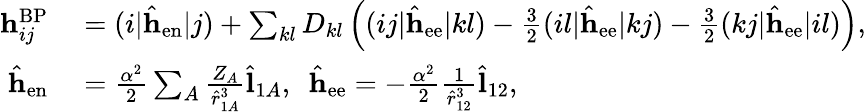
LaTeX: \begin{array}{rl}{\mathbf{h}_{ij}^{\mathrm{BP}}}&{{}=(i|\hat{\mathbf{h}}_{\mathrm{en}}|j)+\sum_{kl}D_{kl}\left((ij|\hat{\mathbf{h}}_{\mathrm{ee}}|kl)-\frac{3}{2}(il|\hat{\mathbf{h}}_{\mathrm{ee}}|kj)-\frac{3}{2}(kj|\hat{\mathbf{h}}_{\mathrm{ee}}|il)\right),}\\ {\hat{\mathbf{h}}_{\mathrm{en}}}&{{}=\frac{\alpha^{2}}{2}\sum_{A}\frac{Z_{A}}{\hat{r}_{1A}^{3}}\hat{\mathbf{l}}_{1A},\ \ \hat{\mathbf{h}}_{\mathrm{ee}}=-\frac{\alpha^{2}}{2}\frac{1}{\hat{r}_{12}^{3}}\hat{\mathbf{l}}_{12},}\end{array}